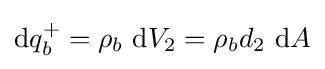
\mathrm {d} q_{b}^{+}=\rho _{b}\ \mathrm {d} V_{2}=\rho _{b}d_{2}\ \mathrm {d} A